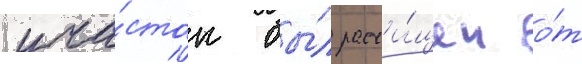
уча́сток бы́л расчи́щен о́т